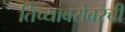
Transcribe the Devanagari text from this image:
तिच्याबरोबरची